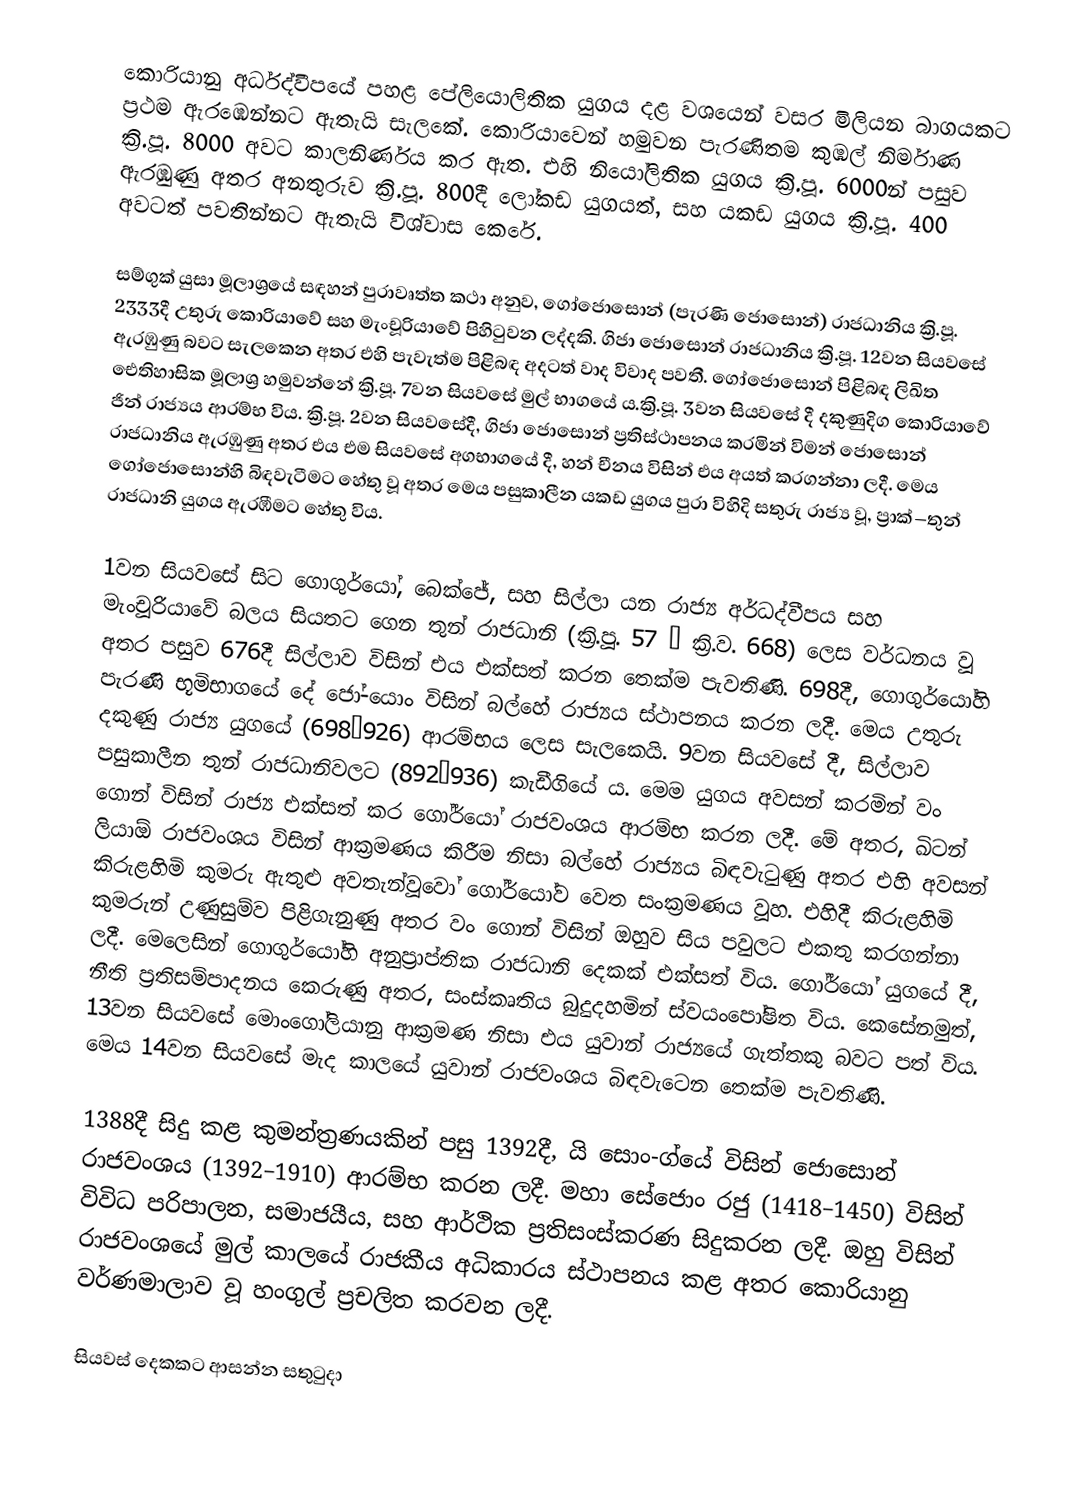
කොරියානු අර්ධද්වීපයේ පහළ පේලියොලිතික යුගය දළ වශයෙන් වසර මිලියන බාගයකට ප්‍රථම ඇරඹෙන්නට ඇතැයි සැලකේ. කොරියාවෙන් හමුවන පැරණිතම කුඹල් නිර්මාණ ක්‍රි.පූ. 8000 අවට කාලනිර්ණය කර ඇත. එහි නියෝලිතික යුගය ක්‍රි.පූ. 6000න් පසුව ඇරඹුණු අතර අනතුරුව ක්‍රි.පූ. 800දී ලෝකඩ යුගයත්, සහ යකඩ යුගය ක්‍රි.පූ. 400 අවටත් පවතින්නට ඇතැයි විශ්වාස කෙරේ.

සම්ගුක් යුසා මූලාශ්‍රයේ සඳහන් පුරාවෘත්ත කථා අනුව, ගෝජොසොන් (පැරණි ජොසොන්) රාජධානිය ක්‍රි.පූ. 2333දී උතුරු කොරියාවේ සහ මැංචූරියාවේ පිහිටුවන ලද්දකි. ගිජා ජොසොන් රාජධානිය ක්‍රි.පූ. 12වන සියවසේ ඇරඹුණු බවට සැලකෙන අතර එහි පැවැත්ම පිළිබඳ අදටත් වාද විවාද පවතී.  ගෝජොසොන් පිළිබඳ ලිඛිත ඓතිහාසික මූලාශ්‍ර හමුවන්නේ ක්‍රි.පූ. 7වන සියවසේ මුල් භාගයේ ය.ක්‍රි.පූ. 3වන සියවසේ දී දකුණුදිග කොරියාවේ ජින් රාජ්‍යය ආරම්භ විය. ක්‍රි.පූ. 2වන සියවසේදී, ගිජා ජොසොන් ප්‍රතිස්ථාපනය කරමින් විමන් ජොසොන් රාජධානිය ඇරඹුණු අතර එය එම සියවසේ අගභාගයේ දී, හන් චීනය විසින් එය අයත් කරගන්නා ලදී. මෙය ගෝජොසොන්හි බිඳවැටීමට හේතු වූ අතර මෙය පසුකාලීන යකඩ යුගය පුරා විහිදි සතුරු රාජ්‍ය වූ, ප්‍රාක්–තුන් රාජධානි යුගය ඇරඹීමට හේතු විය.

1වන සියවසේ සිට ගොගුර්යෝ, බෙක්ජේ, සහ සිල්ලා යන රාජ්‍ය අර්ධද්වීපය සහ මැංචූරියාවේ බලය සියතට ගෙන තුන් රාජධානි (ක්‍රි.පූ. 57 – ක්‍රි.ව. 668) ලෙස වර්ධනය වූ අතර පසුව 676දී සිල්ලාව විසින් එය එක්සත් කරන තෙක්ම පැවතිණි. 698දී, ගොගුර්යෝහි පැරණි භූමිභාගයේ දේ ජෝ-යොං විසින් බල්හේ රාජ්‍යය ස්ථාපනය කරන ලදී. මෙය උතුරු දකුණු රාජ්‍ය යුගයේ (698–926) ආරම්භය ලෙස සැලකෙයි. 9වන සිය‍වසේ දී, සිල්ලාව පසුකාලීන තුන් රාජධානිවලට (892–936) කැඩීගියේ ය. මෙම යුගය අවසන් කරමින් වං ගොන් විසින් රාජ්‍ය එක්සත් කර ගෝර්යෝ රාජවංශය ආරම්භ කරන ලදී. මේ අතර, ඛිටන් ලියාඕ රාජවංශය විසින් ආක්‍රමණය කිරීම නිසා බල්හේ රාජ්‍යය බිඳවැටුණු අතර එහි අවසන් කිරුළහිමි කුමරු ඇතුළු අවතැන්වූවෝ ගෝර්යෝව වෙත සංක්‍රමණය වූහ. එහිදී කිරුළහිමි කුමරුන් උණුසුම්ව පිළිගැනුණු අතර වං ගොන් විසින් ඔහුව සිය පවුලට එකතු කරගන්නා ලදී. මෙලෙසින් ගොගුර්යෝහි අනුප්‍රාප්තික රාජධානි දෙකක් එක්සත් විය. ගෝර්යෝ යුගයේ දී, නීති ප්‍රතිසම්පාදනය කෙරුණු අතර, සංස්කෘතිය බුදුදහමින් ස්වයංපෝෂිත විය. කෙසේනමුත්, 13වන සියවසේ මොංගෝලියානු ආක්‍රමණ නිසා එය යුවාන් රාජ්‍යයේ ගැත්තකු බවට පත් විය. මෙය 14වන සියවසේ මැද කාලයේ යුවාන් රාජවංශය බිඳවැටෙන තෙක්ම පැවතිණි.

1388දී සිදු කළ කුමන්ත්‍රණයකින් පසු 1392දී, යි සොං-ග්යේ විසින් ජොසොන් රාජවංශය (1392–1910) ආරම්භ කරන ලදී. මහා සේජොං රජු (1418–1450) විසින් විවිධ පරිපාලන, සමාජයීය, සහ ආර්ථික ප්‍රතිසංස්කරණ සිදුකරන ලදී. ඔහු විසින් රාජවංශයේ මුල් කාලයේ රාජකීය අධිකාරය ස්ථාපනය කළ අතර කොරියානු වර්ණමාලාව වූ හංගුල් ප්‍රචලිත කරවන ලදී.

සියවස් දෙකකට ආසන්න සතුටුදා